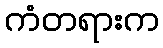
ကံတရားက